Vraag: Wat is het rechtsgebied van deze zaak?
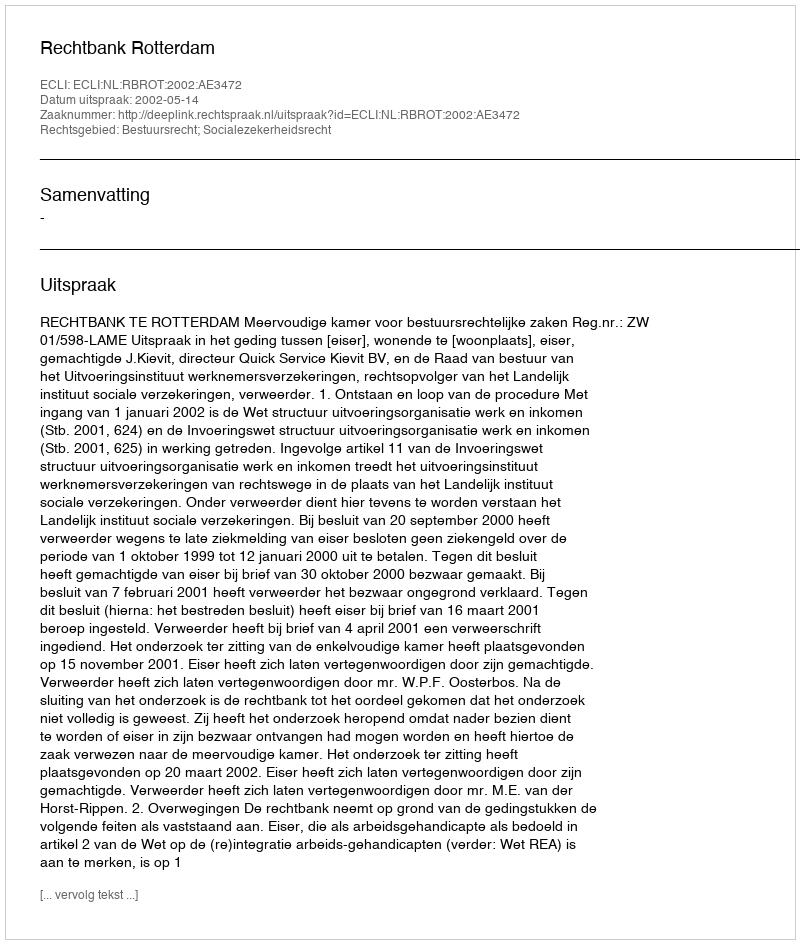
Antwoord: Bestuursrecht; Socialezekerheidsrecht